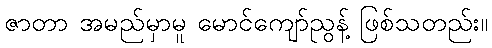
ဇာတာ အမည်မှာမူ မောင်ကျော်ညွန့် ဖြစ်သတည်း။